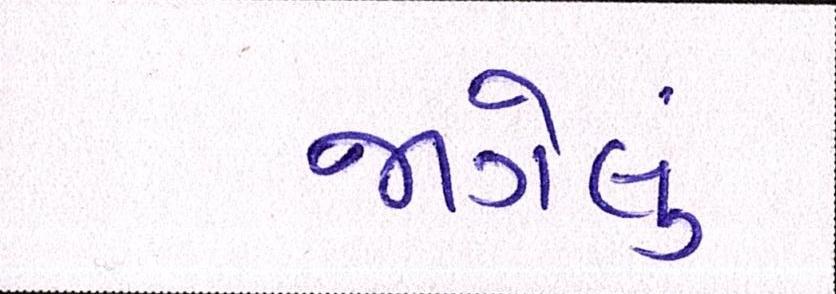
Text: જાગેલું